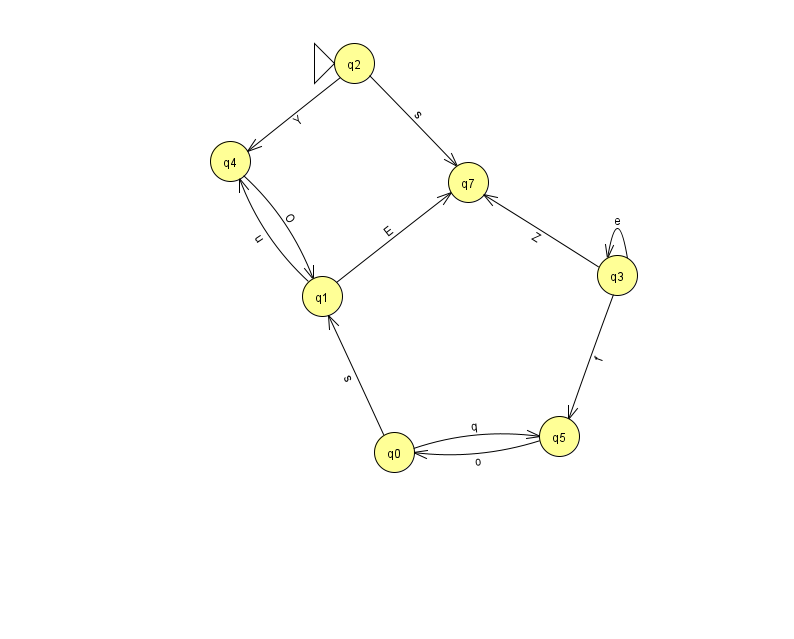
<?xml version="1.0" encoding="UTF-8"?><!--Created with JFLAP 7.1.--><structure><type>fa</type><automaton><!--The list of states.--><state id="0" name="q0"><x>394.0</x><y>439.0</y></state><state id="1" name="q1"><x>322.0</x><y>283.0</y></state><state id="2" name="q2"><x>354.0</x><y>50.0</y><initial/></state><state id="3" name="q3"><x>617.0</x><y>262.0</y></state><state id="4" name="q4"><x>230.0</x><y>148.0</y></state><state id="5" name="q5"><x>559.0</x><y>423.0</y></state><state id="7" name="q7"><x>468.0</x><y>169.0</y></state><!--The list of transitions.--><transition><from>3</from><to>7</to><read>Z</read></transition><transition><from>2</from><to>4</to><read>Y</read></transition><transition><from>0</from><to>5</to><read>q</read></transition><transition><from>3</from><to>3</to><read>e</read></transition><transition><from>4</from><to>1</to><read>O</read></transition><transition><from>0</from><to>1</to><read>s</read></transition><transition><from>2</from><to>7</to><read>s</read></transition><transition><from>1</from><to>4</to><read>u</read></transition><transition><from>1</from><to>7</to><read>E</read></transition><transition><from>3</from><to>5</to><read>f</read></transition><transition><from>5</from><to>0</to><read>o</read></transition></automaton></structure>